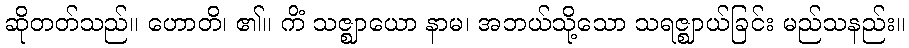
ဆိုတတ်သည်။ ဟောတိ၊ ၏။ ကိံ သဇ္ဈာယော နာမ၊ အဘယ်သို့သော သရဇ္ဈာယ်ခြင်း မည်သနည်း။